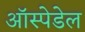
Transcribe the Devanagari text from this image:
ऑस्पेडेल